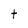
Character: t